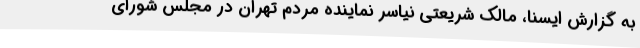
به گزارش ایسنا، مالک شریعتی نیاسر نماینده مردم تهران در مجلس شورای